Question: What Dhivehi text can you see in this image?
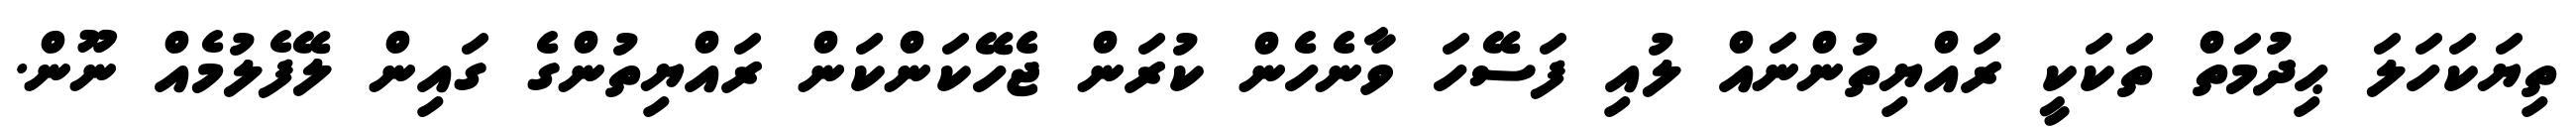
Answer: ތިޔަކަހަލަ ޙިދުމަތް ތަކަކީ ރައްޔިތުންނައް ލުއި ފަސޭހަ ވާނެހެން ކުރަން ޖެހޭކަންކަން ރައްޔިތުންގެ ގައިން ލޭފެލުމެއް ނޫން.